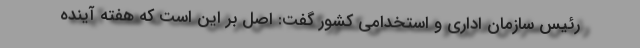
رئیس سازمان اداری و استخدامی کشور گفت: اصل بر این است که هفته آینده